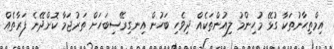
އިމްތިޙާނުތަކާ ގުޅޭ މުހިންމު ލިއުންތަކެއް ދިވެހި ބަހުން އިނގިރޭސިބަހަށް ތަރުޖަމާ ކޮށްދޭނެ ފަރާތެއް